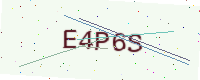
Text: E4P6S